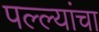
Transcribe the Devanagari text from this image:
पल्ल्यांचा